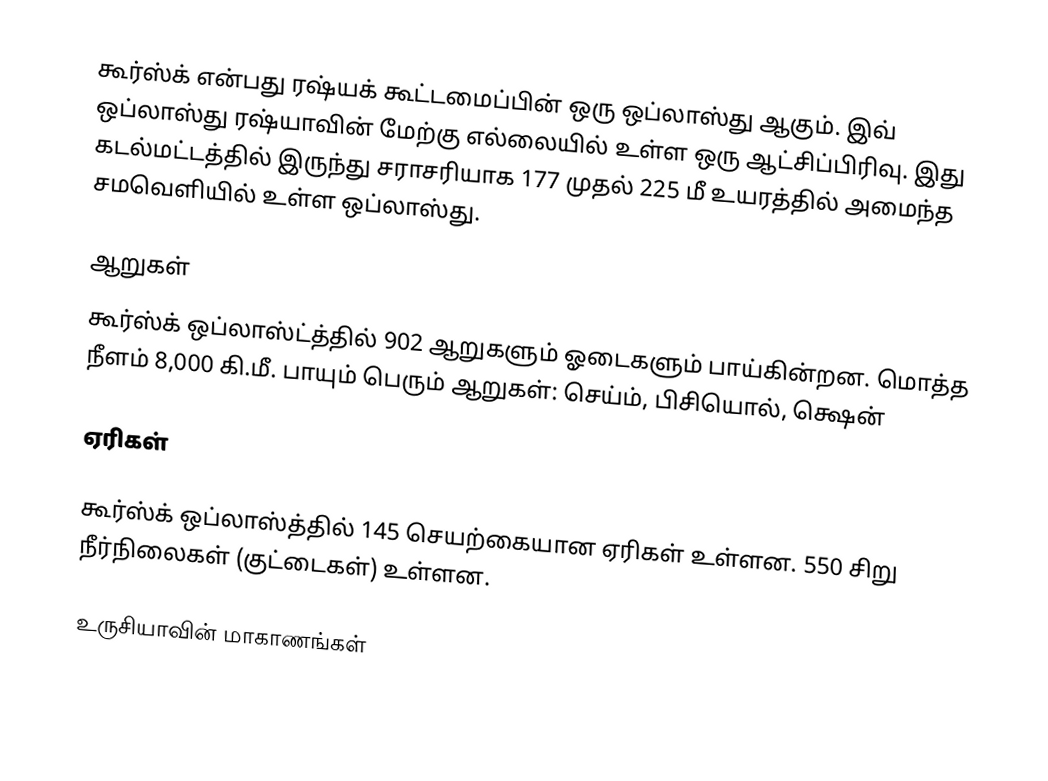
கூர்ஸ்க் என்பது ரஷ்யக் கூட்டமைப்பின் ஒரு ஒப்லாஸ்து ஆகும். இவ் ஒப்லாஸ்து ரஷ்யாவின் மேற்கு எல்லையில் உள்ள ஒரு ஆட்சிப்பிரிவு. இது கடல்மட்டத்தில் இருந்து சராசரியாக  177 முதல் 225 மீ உயரத்தில் அமைந்த சமவெளியில் உள்ள ஒப்லாஸ்து.

ஆறுகள்
கூர்ஸ்க் ஒப்லாஸ்ட்த்தில் 902 ஆறுகளும் ஓடைகளும் பாய்கின்றன. மொத்த நீளம் 8,000 கி.மீ. பாயும் பெரும் ஆறுகள்: செய்ம், பிசியொல், க்ஷென்

ஏரிகள்

கூர்ஸ்க் ஒப்லாஸ்த்தில் 145 செயற்கையான ஏரிகள் உள்ளன. 550 சிறு நீர்நிலைகள் (குட்டைகள்) உள்ளன.

உருசியாவின் மாகாணங்கள்